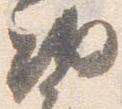
納